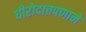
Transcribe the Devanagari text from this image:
धीरोदात्तपणाने